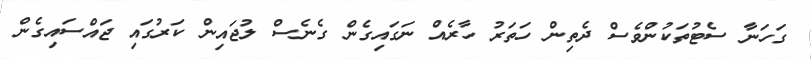
ގަހަނާ ސެޓުތަކުންވެސް ދެތިން ހަތަރު ހާރެއް ނަގައިގެން ގެނެސް ލުޖައިން ކަރުގައި ޖައްސައިގެން